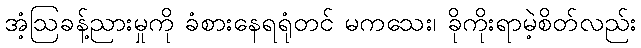
အံ့ဩခန့်ညားမှုကို ခံစားနေရရုံတင် မကသေး၊ ခိုကိုးရာမဲ့စိတ်လည်း